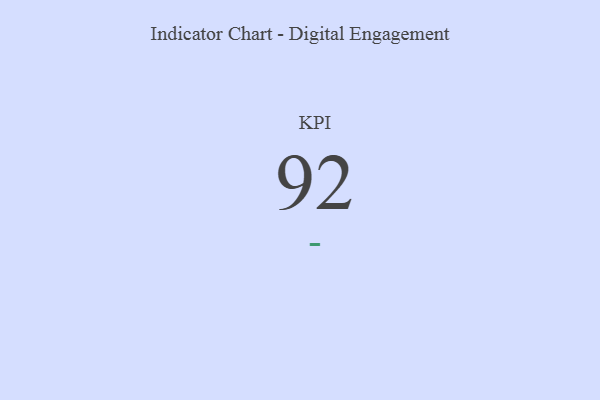
{"axis": {"x": "KPI", "y": "Value"}, "legend": [""], "data": [{"x": "KPI", "y": 92, "type": ""}]}